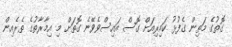
ގޮތުގެ މަތިން ގެފުޅު ކައިރިއަށް ގޮސް އައިސްވެވޭނެ ގޮތަށް މި އިމާރާތުގެ ތެރެއިން